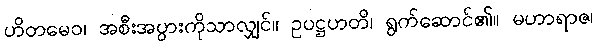
ဟိတမေဝ၊ အစီးအပွားကိုသာလျှင်။ ဥပဋ္ဌဟတိ၊ ရွက်ဆောင်၏။ မဟာရာဇ၊